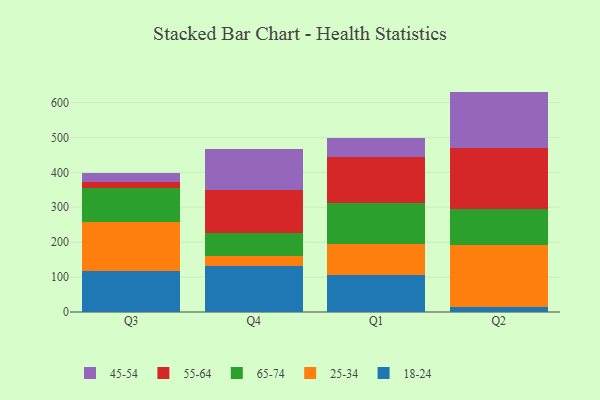
{"axis": {"x": "Quarter", "y": "Latency (ms)"}, "legend": ["18-24", "25-34", "45-54", "55-64", "65-74"], "data": [{"x": "Q3", "y": 118.6, "type": "18-24"}, {"x": "Q3", "y": 140.2, "type": "25-34"}, {"x": "Q3", "y": 95.9, "type": "65-74"}, {"x": "Q3", "y": 16.2, "type": "55-64"}, {"x": "Q3", "y": 26.3, "type": "45-54"}, {"x": "Q4", "y": 131.1, "type": "18-24"}, {"x": "Q4", "y": 28.0, "type": "25-34"}, {"x": "Q4", "y": 66.5, "type": "65-74"}, {"x": "Q4", "y": 125.1, "type": "55-64"}, {"x": "Q4", "y": 115.1, "type": "45-54"}, {"x": "Q1", "y": 106.9, "type": "18-24"}, {"x": "Q1", "y": 88.6, "type": "25-34"}, {"x": "Q1", "y": 116.1, "type": "65-74"}, {"x": "Q1", "y": 133.4, "type": "55-64"}, {"x": "Q1", "y": 54.5, "type": "45-54"}, {"x": "Q2", "y": 13.2, "type": "18-24"}, {"x": "Q2", "y": 178.6, "type": "25-34"}, {"x": "Q2", "y": 104.3, "type": "65-74"}, {"x": "Q2", "y": 173.7, "type": "55-64"}, {"x": "Q2", "y": 161.4, "type": "45-54"}]}